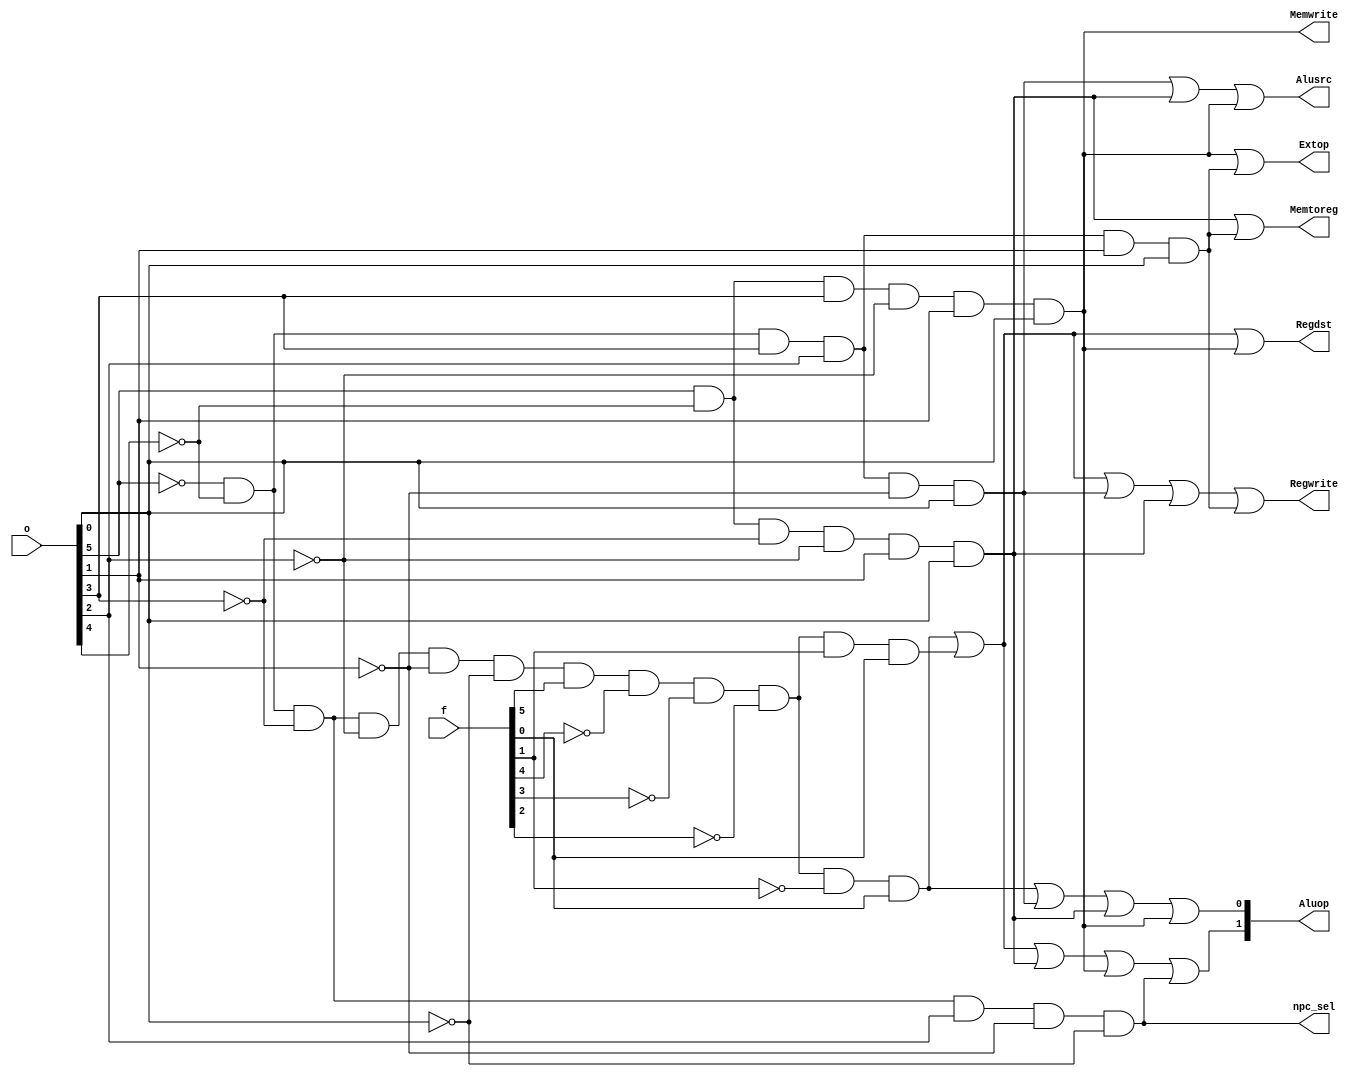
module co(
	input wire [5:0] o,
	input wire [5:0] f,
	output wire Regdst,
	output wire Alusrc,
	output wire Memtoreg,
	output wire Regwrite,
	output wire Memwrite,
	output wire npc_sel,
	output wire Extop,
	output wire [1:0] Aluop
);
	wire addu=(~o[5])&(~o[4])&(~o[3])&(~o[2])&(~o[1])&(~o[0])&f[5]&(~f[4])&(~f[3])&(~f[2])&(~f[1])&f[0];
	wire subu=(~o[5])&(~o[4])&(~o[3])&(~o[2])&(~o[1])&(~o[0])&f[5]&(~f[4])&(~f[3])&(~f[2])&f[1]&f[0];
	wire ori=(~o[5])&(~o[4])&o[3]&o[2]&(~o[1])&o[0];
	wire lw=o[5]&(~o[4])&(~o[3])&(~o[2])&o[1]&o[0];
	wire sw=o[5]&(~o[4])&o[3]&(~o[2])&o[1]&o[0];
	wire beq=(~o[5])&(~o[4])&(~o[3])&o[2]&(~o[1])&(~o[0]);
	wire lui=(~o[5])&(~o[4])&o[3]&o[2]&o[1]&o[0];

	assign Regdst=addu|subu|sw;
	assign Alusrc=ori|lw|sw;
	assign Memtoreg=lw|lui;
	assign Regwrite=addu|subu|ori|lw|lui;
	assign Memwrite=sw;
	assign npc_sel=beq;
	assign Extop=sw|lui;
	assign Aluop={addu|subu|lw|sw|beq,addu|ori|lw|sw};

	reg _aa;

	always@(*)
	begin
		_aa=0;
		if(addu)
		begin
			$display("co: addu op%b func%b",o,f);
			_aa=1;
		end
		if(subu)
		begin
			$display("co: subu op%b func%b",o,f);
			_aa=1;
		end
		if(ori)
		begin
			$display("co: ori op%b func%b",o,f);
			_aa=1;
		end
		if(lw)
		begin
			$display("co: lw op%b func%b",o,f);
			_aa=1;
		end
		if(sw)
		begin
			$display("co: sw op%b func%b",o,f);
			_aa=1;
		end
		if(beq)
		begin
			$display("co: beq op%b func%b",o,f);
			_aa=1;
		end
		if(lui)
		begin
			$display("co: lui op%b func%b",o,f);
			_aa=1;
		end
		if(~_aa)$display("co: None op%b func%b",o,f);
	end

endmodule